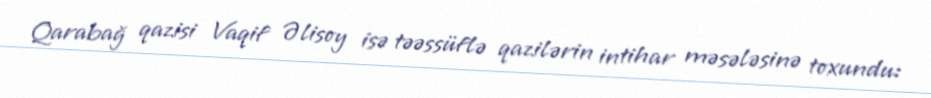
Qarabağ qazisi Vaqif Əlisoy isə təəssüflə qazilərin intihar məsələsinə toxundu: